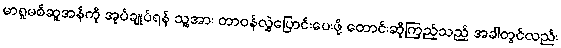
မာရူမစ်ဆူအန်ကို အုပ်ချုပ်ရန် သူ့အား တာဝန်လွှဲပြောင်းပေးဖို့ တောင်းဆိုကြည့်သည့် အခါတွင်လည်း